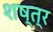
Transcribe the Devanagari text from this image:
शष्त्र